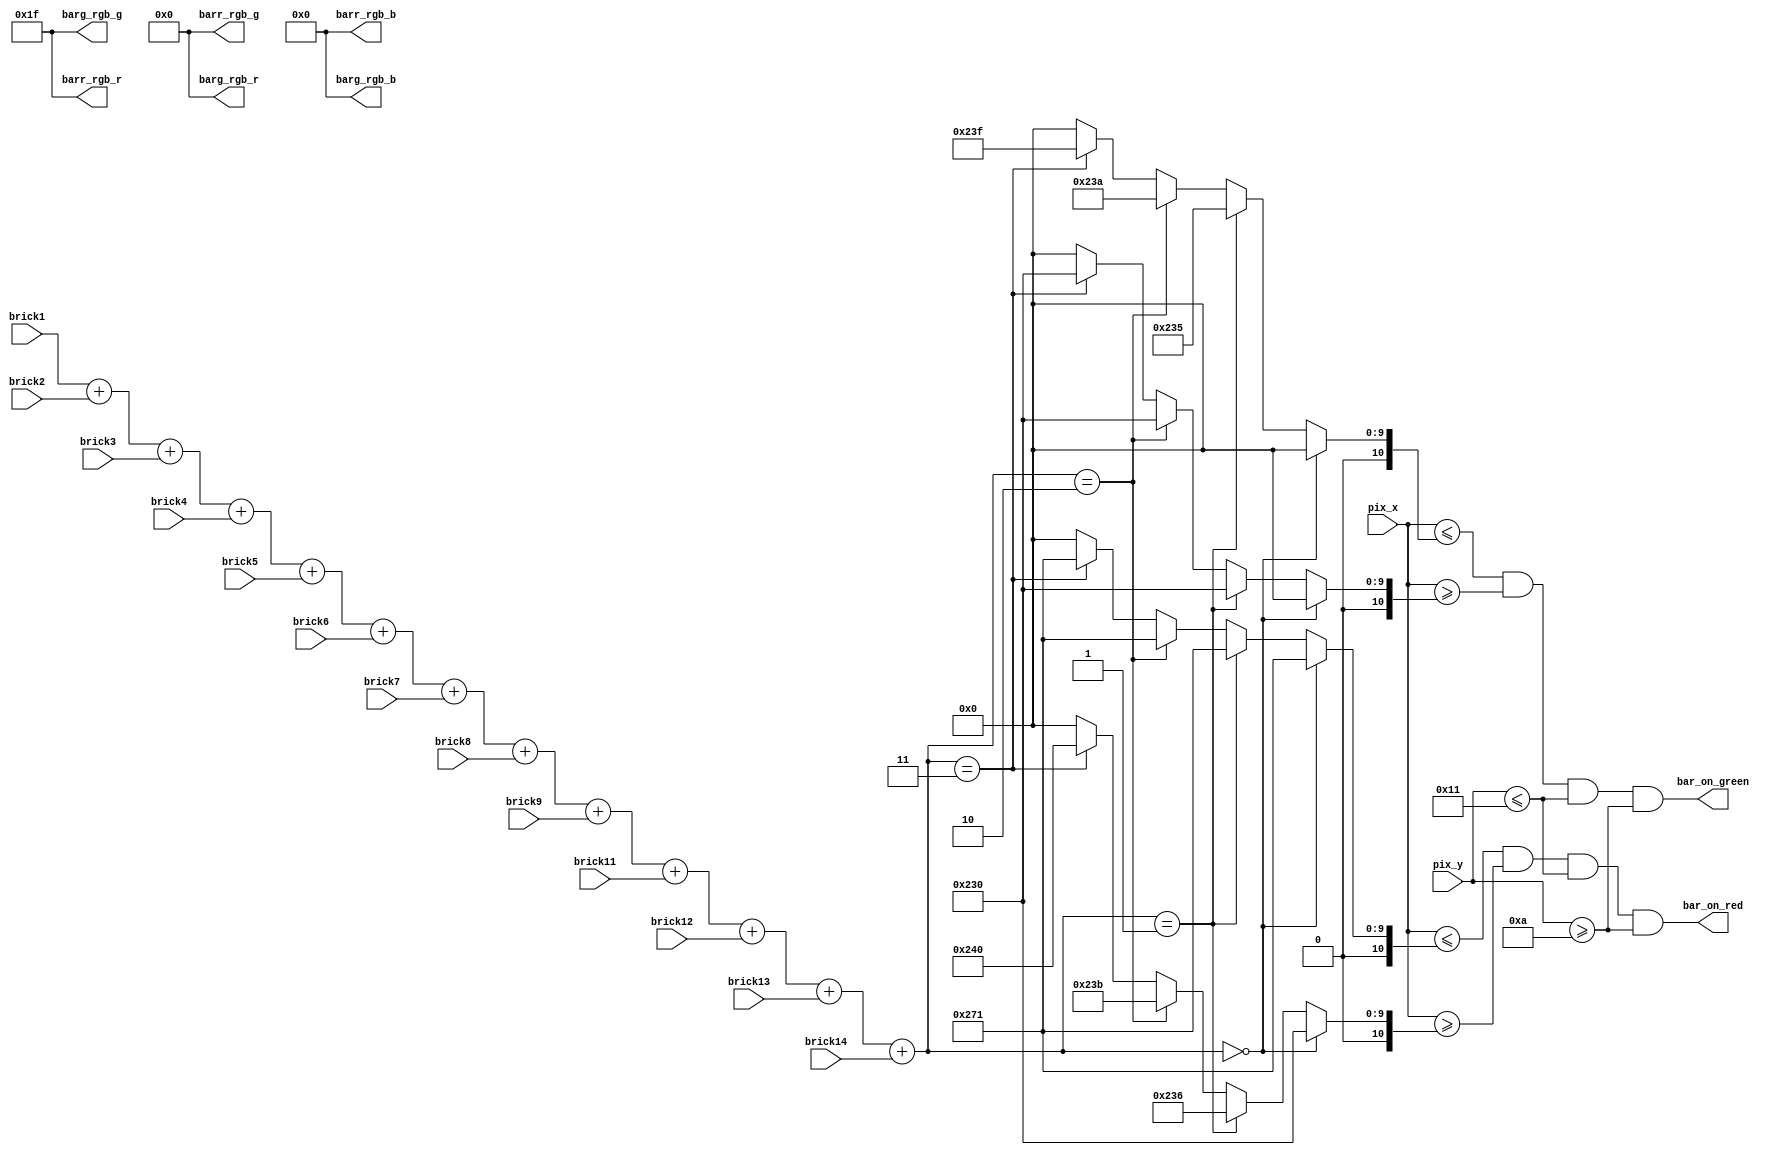
module power_bar
#(
	parameter RED_RGB_R = 5'b11111,
	parameter RED_RGB_G = 6'b000000,
	parameter RED_RGB_B = 5'b00000,
	parameter GREEN_RGB_R = 5'b00000,
	parameter GREEN_RGB_G = 6'b111111,
	parameter GREEN_RGB_B = 5'b00000

)

(
	input brick1 , brick2 , brick3 , brick4 , brick5 ,brick6 , brick7 , brick8 , brick9 , brick11 ,
	input brick12 , brick13 , brick14,
	input [10:0]pix_x , pix_y,
	output bar_on_red , bar_on_green,
	output [4:0]barr_rgb_r , barr_rgb_g , barg_rgb_r , barg_rgb_g,
	output [5:0]barr_rgb_b , barg_rgb_b
);

wire [3:0]brick_count;
reg [10:0]bar_right_green , bar_left_green , bar_right_red , bar_left_red;
assign brick_count = brick1 + brick2 + brick3 + brick4 + brick5 + brick6 + brick7 + brick8 + brick9 + brick11 + brick12 + brick13 + brick14;

always @*
	begin
	
		if(brick_count == 2'd0)
			begin
				bar_right_green = 0;
				bar_left_green = 0;
				bar_right_red = 625;
				bar_left_red = 560;
			end
			
		else if(brick_count == 2'd1)
			begin
				bar_right_green = 565;
				bar_left_green = 560;
				bar_right_red = 625;
				bar_left_red = 566;
			end	
			
		else if(brick_count == 2'd2)
			begin
				bar_right_green = 570;
				bar_left_green = 560;
				bar_right_red = 625;
				bar_left_red = 571;
			end
			
		else if(brick_count == 2'd3)
			begin
				bar_right_green = 575;
				bar_left_green = 560;
				bar_right_red = 625;
				bar_left_red = 576;
			end	
			
		else if(brick_count == 2'd0)
			begin
				bar_right_green = 580;
				bar_left_green = 560;
				bar_right_red = 625;
				bar_left_red = 581;
			end	
			
		else if(brick_count == 2'd4)
			begin
				bar_right_green = 585;
				bar_left_green = 560;
				bar_right_red = 625;
				bar_left_red = 586;
			end	
			
		else if(brick_count == 2'd5)
			begin
				bar_right_green = 590;
				bar_left_green = 560;
				bar_right_red = 625;
				bar_left_red = 591;
			end		
			
		else if(brick_count == 2'd6)
			begin
				bar_right_green = 595;
				bar_left_green = 560;
				bar_right_red = 625;
				bar_left_red = 596;
			end	

		else if(brick_count == 2'd7)
			begin
				bar_right_green = 605;
				bar_left_green = 560;
				bar_right_red = 625;
				bar_left_red = 606;
			end	

		else if(brick_count == 2'd8)
			begin
				bar_right_green = 610;
				bar_left_green = 560;
				bar_right_red = 625;
				bar_left_red = 611;
			end	


		else if(brick_count == 2'd9)
			begin
				bar_right_green = 615;
				bar_left_green = 560;
				bar_right_red = 625;
				bar_left_red = 616;
			end	

		else if(brick_count == 2'd10)
			begin
				bar_right_green = 620;
				bar_left_green = 560;
				bar_right_red = 625;
				bar_left_red = 621;
			end	

		else if(brick_count == 2'd11)
			begin
				bar_right_green = 625;
				bar_left_green = 560;
				bar_right_red = 625;
				bar_left_red = 626;
			end	

		else if(brick_count == 2'd12)
			begin
				bar_right_green = 630;
				bar_left_green = 560;
				bar_right_red = 625;
				bar_left_red = 631;
			end	

		else if(brick_count == 2'd13)
			begin
				bar_right_green = 635;
				bar_left_green = 560;
				bar_right_red = 625;
				bar_left_red = 636;
			end
		else
			begin
				bar_right_green = 0;
				bar_left_green = 0;
				bar_right_red = 0;
				bar_left_red = 0;
			end	
			
	end
	
	assign bar_on_red = ((pix_x <= bar_right_red) && (pix_x >= bar_left_red) && (pix_y <= 17) && (pix_y >= 10));
	assign bar_on_green = ((pix_x <= bar_right_green) && (pix_x >= bar_left_green) && (pix_y <= 17) && (pix_y >= 10));
	assign barr_rgb_r = RED_RGB_R;
	assign barr_rgb_g = RED_RGB_G;
	assign barr_rgb_b = RED_RGB_B; 
	assign barg_rgb_r = GREEN_RGB_R;
	assign barg_rgb_g = GREEN_RGB_G;
	assign barg_rgb_b = GREEN_RGB_B; 
	
endmodule